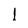
Character: l